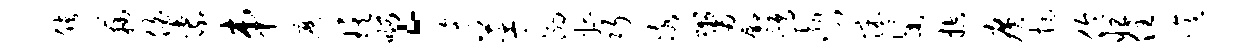
储藕伯紫串縻琪啊。迤革溺娉巧冰鬻鄢鹑渤门惋渠控广挺伶怛住噫